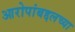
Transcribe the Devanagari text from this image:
आरोपांबद्दलच्या